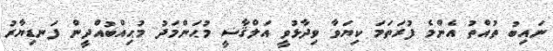
ނައިބު ތުއްތު އެންމެ ފުރަތަމަ ކިޔަވާ ވިދާޅުވީ އަލްޤާޟީ މުޙަންމަދު މުޙިއްބުއްދީން ފަނޑިޔާރު